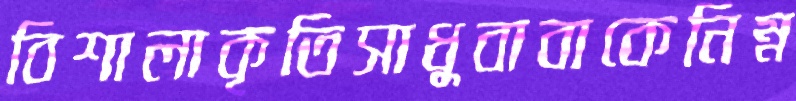
বিশালাকৃতিসাধুবাবাকেনিম্ন